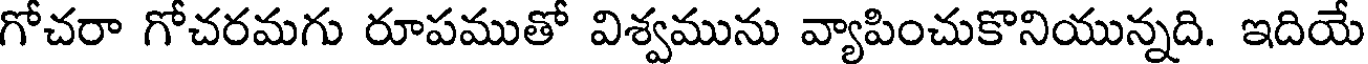
గోచరా గోచరమగు రూపముతో విశ్వమును వ్యాపించుకొనియున్నది. ఇదియే